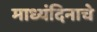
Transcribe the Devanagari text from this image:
माध्यंदिनाचे